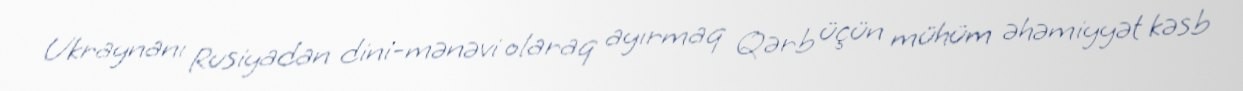
Ukraynanı Rusiyadan dini-mənəvi olaraq ayırmaq Qərb üçün mühüm əhəmiyyət kəsb